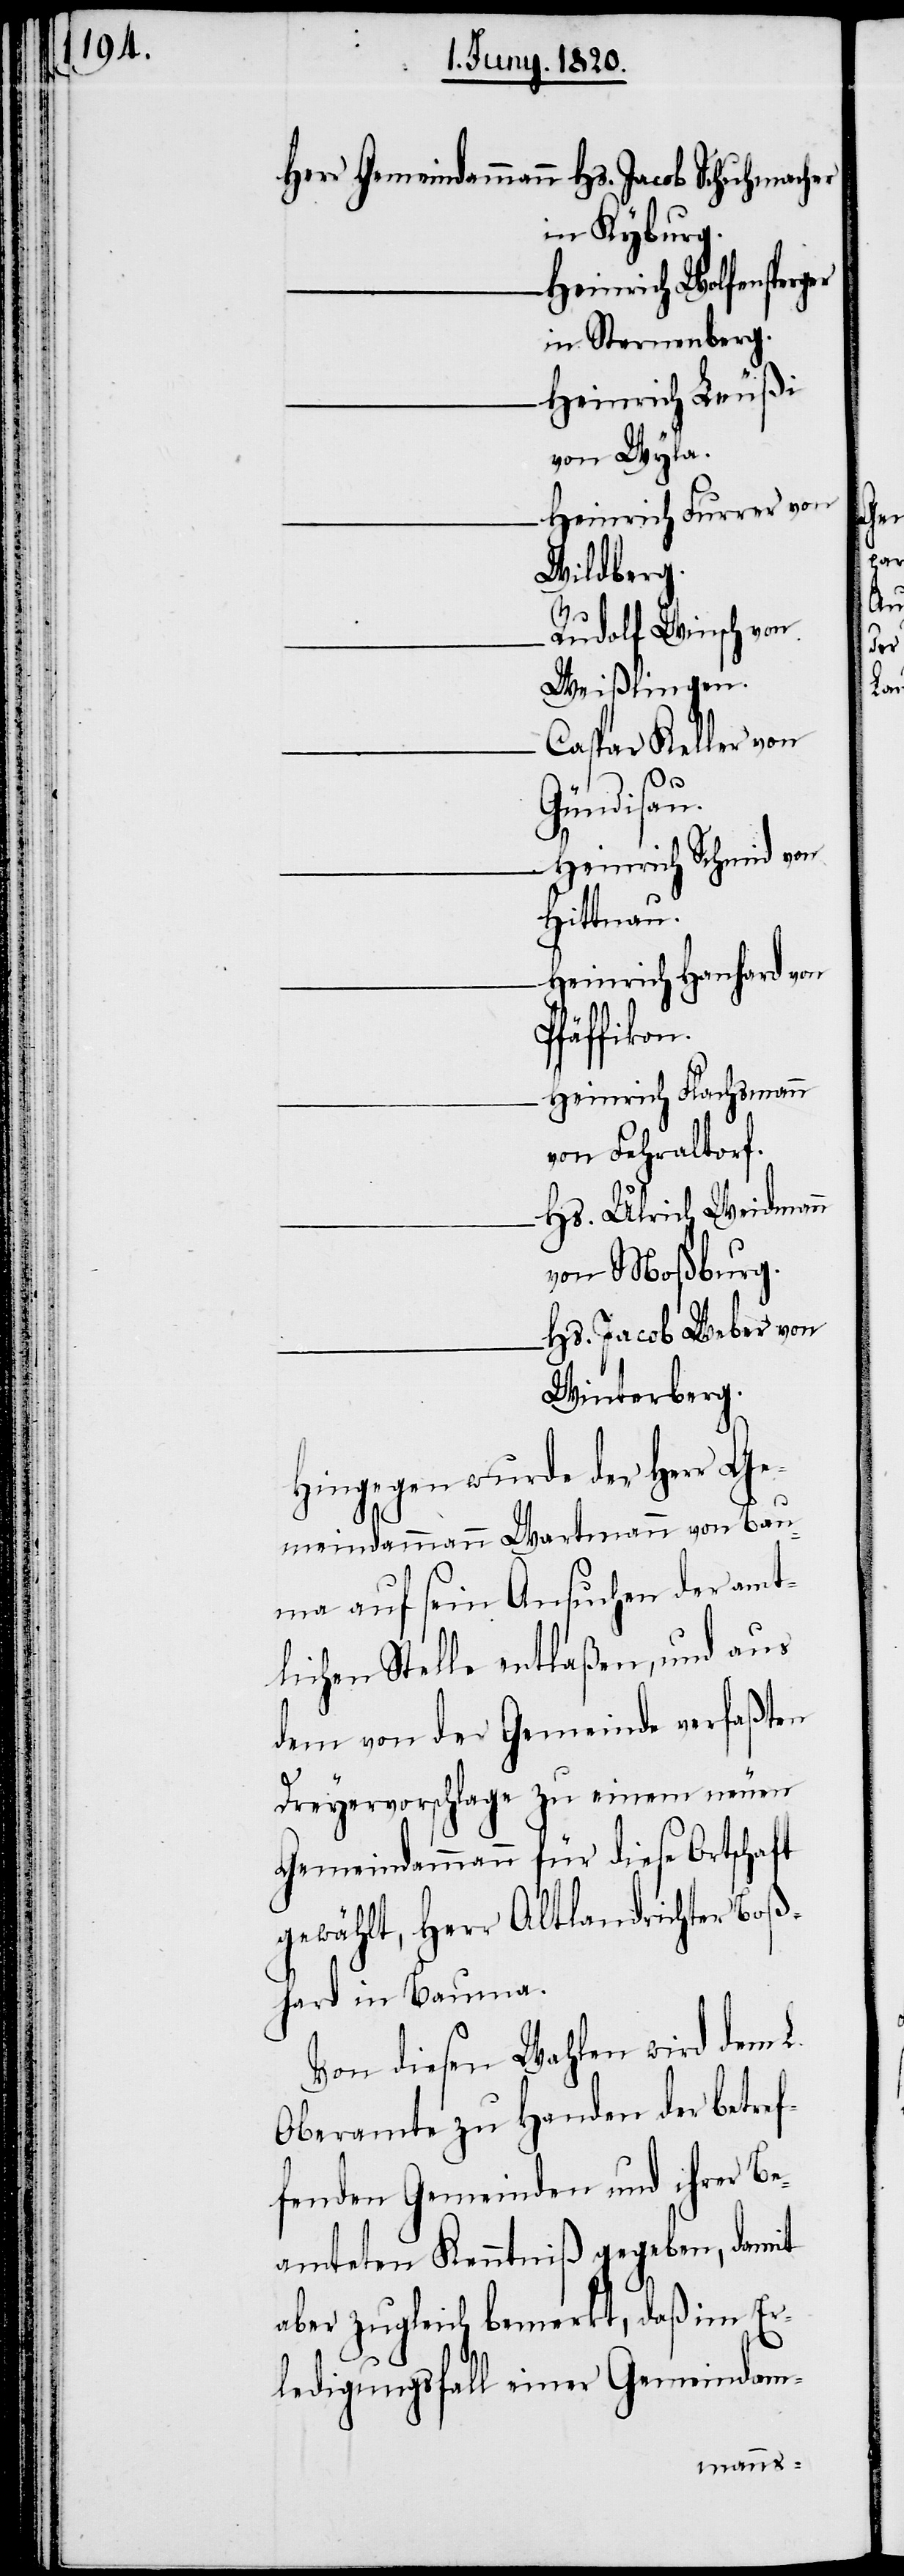
Herr Gemeindammann	Hs. Jacob Schuhmacher
in Kyburg.
in Sternenberg.
Heinrich Leußi
von Wyla.
Heinrich Furrer von
Wildberg.
Rudolf Winsch von
Weißlingen.
Caspar Keller von
Gündisau.
Heinrich Schmid von
Hittnau.
Heinrich Hanhard von
Pfäffikon.
Heinrich Flachsmann
von Fehraltorf.
Hs. Ulrich Weidmann
von Moßburg.
Hs. Jacob Weber von
Winterberg.
Hingegen wurde der Herr Ge¬
meindammann Wartmann von Ba¬
uma auf sein Ansuchen der amt¬
lichen Stelle entlaßen, und aus
dem von der Gemeinde verfaßten
Dreyervorschlage zu einem neuen
Gemeindammann für diese Ortschaft
gewählt, Herr Altlandrichter Boß¬
hard in Bauma.
Von diesen Wahlen wird dem L.
Oberamte zu Handen der betref¬
fenden Gemeinden und ihrer Be¬
amteten Kenntniß gegeben, damit
aber zugleich bemerkt, daß im Er¬
ledigungsfall einer Gemeindam-